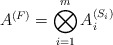
\begin{align*}A^{(F)} = \bigotimes_{i =1}^{m} A_i^{(S_i)}\end{align*}